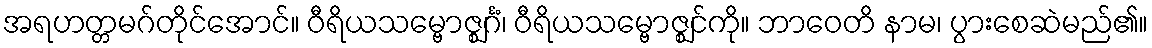
အရဟတ္တမဂ်တိုင်အောင်။ ဝီရိယသမ္ဗောဇ္ဈင်္ဂံ၊ ဝီရိယသမ္ဗောဇ္ဈင်ကို။ ဘာဝေတိ နာမ၊ ပွားစေဆဲမည်၏။